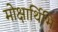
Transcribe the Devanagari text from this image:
मोक्षार्थिभिः